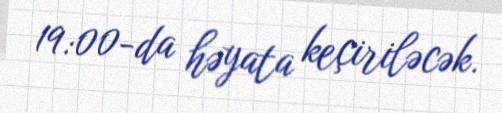
19:00-da həyata keçiriləcək.